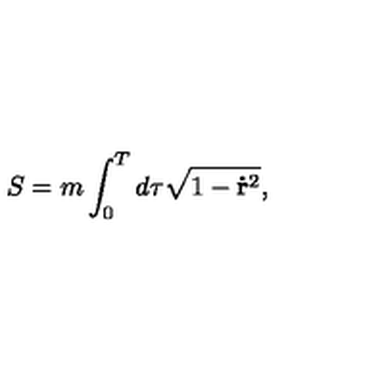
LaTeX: S = m \int _ { 0 } ^ { T } d \tau \sqrt { 1 - \mathbf { \dot { r } } ^ { 2 } } ,